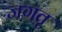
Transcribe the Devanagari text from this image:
जगतृ